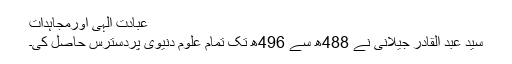
عبادت الٰہی اورمجاہدات
سید عبد القادر جیلانی نے 488ھ سے 496ھ تک تمام علوم دنیوی پردسترس حاصل کی۔